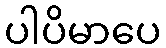
ပါပိမာပေ